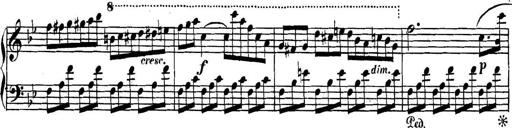
Title: Collected Piano Sonatas
Composer: Muzio Clementi